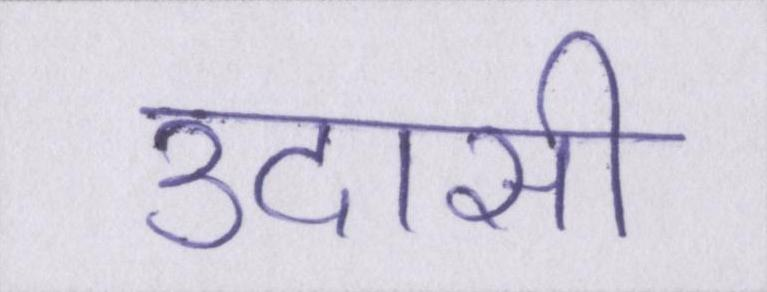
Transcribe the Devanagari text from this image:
उदासी